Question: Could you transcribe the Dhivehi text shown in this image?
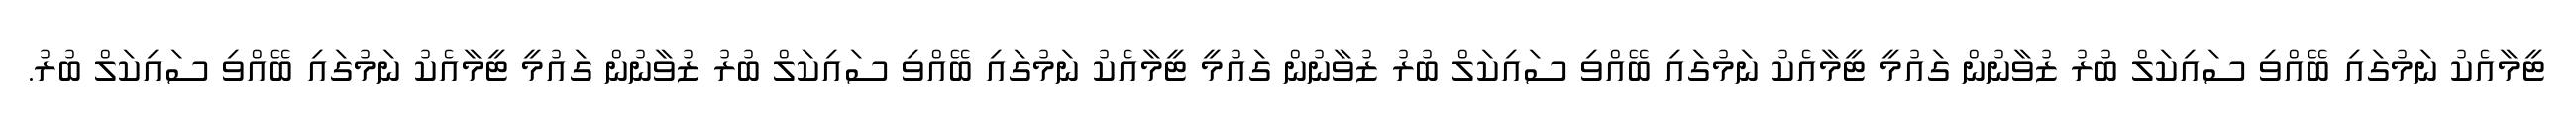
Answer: ޓީމާއެކު ނަމުގައި ބޭއްވި ސައިކަލް ބުރު ޒުވާނުން ގައުމީ ޓީމާއެކު ނަމުގައި ބޭއްވި ސައިކަލް ބުރު ޒުވާނުން ގައުމީ ޓީމާއެކު ނަމުގައި ބޭއްވި ސައިކަލް ބުރު ޒުވާނުން ގައުމީ ޓީމާއެކު ނަމުގައި ބޭއްވި ސައިކަލް ބުރު.